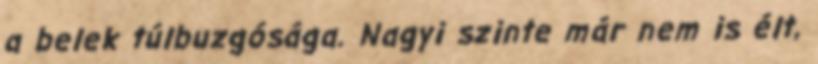
a belek túlbuzgósága. Nagyi szinte már nem is élt,